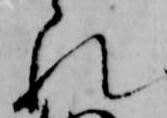
れ